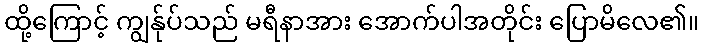
ထို့ကြောင့် ကျွန်ုပ်သည် မရီနာအား အောက်ပါအတိုင်း ပြောမိလေ၏။